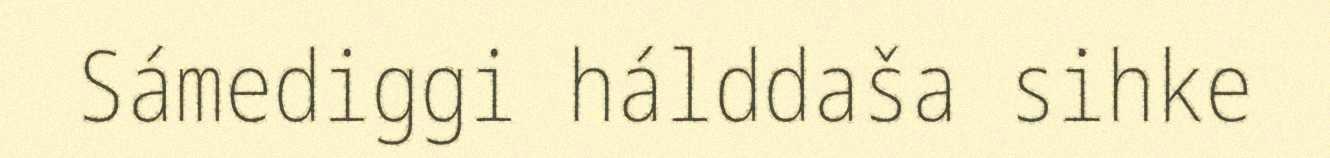
Sámediggi hálddaša sihke